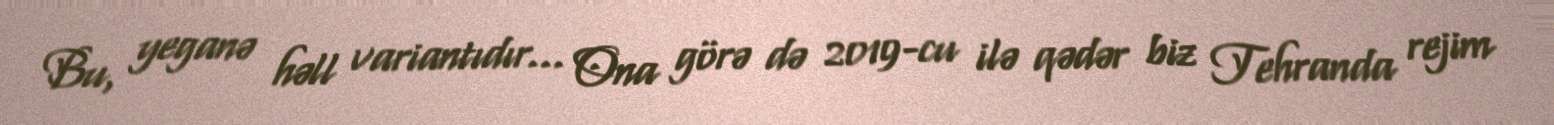
Bu, yeganə həll variantıdır... Ona görə də 2019-cu ilə qədər biz Tehranda rejim